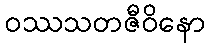
ဝဿသတဇီဝိနော